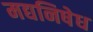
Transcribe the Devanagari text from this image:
मद्यनिषेध